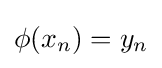
\phi (x_{n})=y_{n}